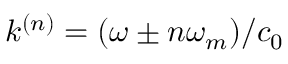
k ^ { ( n ) } = ( \omega \pm n \omega _ { m } ) / c _ { 0 }